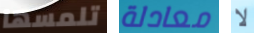
تلمسها معادلة لا